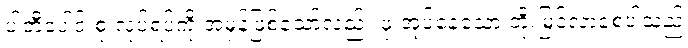
ပါတီပေါင်းစုံ လုပ်ရပ်ကို အမှန်ဖြစ်သော်လည်း ဖုံးအုပ်နေသော တိုးမြင့်လာစေပါသည်